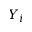
Y _ { i }